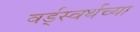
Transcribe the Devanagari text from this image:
वर्ड्‌स्वर्थच्या